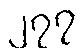
၂၇၇